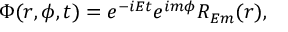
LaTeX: \Phi ( r , \phi , t ) = e ^ { - i E t } e ^ { i m \phi } R _ { E m } ( r ) ,